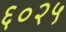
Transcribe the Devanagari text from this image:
६०२५